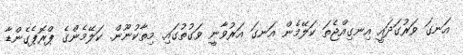
އަނގަ ވަރުގަދައީ އިނގިއްޖެތަ ކަލޭމެން އަނގަ އަރުވާނީ ވަގުތުގައި. މިތާކުނޫން. ކަލޭމެންގެ ޕްރޮޕެގެންޑާ